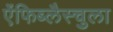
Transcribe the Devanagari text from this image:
ऐंफिब्लैस्चुला